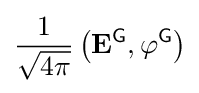
{\frac {1}{\sqrt {4\pi }}}\left(\mathbf {E} ^{\textsf {G}},\varphi ^{\textsf {G}}\right)